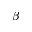
\beta